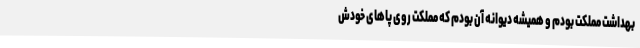
بهداشت مملکت بودم و همیشه دیوانه آن بودم که مملکت روی پاهای خودش